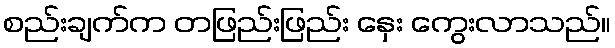
စည်းချက်က တဖြည်းဖြည်း နှေး ကွေးလာသည်။